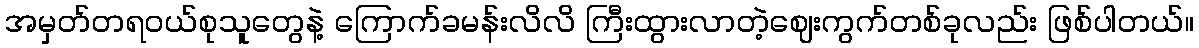
အမှတ်တရဝယ်စုသူတွေနဲ့ ကြောက်ခမန်းလိလိ ကြီးထွားလာတဲ့ဈေးကွက်တစ်ခုလည်း ဖြစ်ပါတယ်။